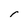
Character: r